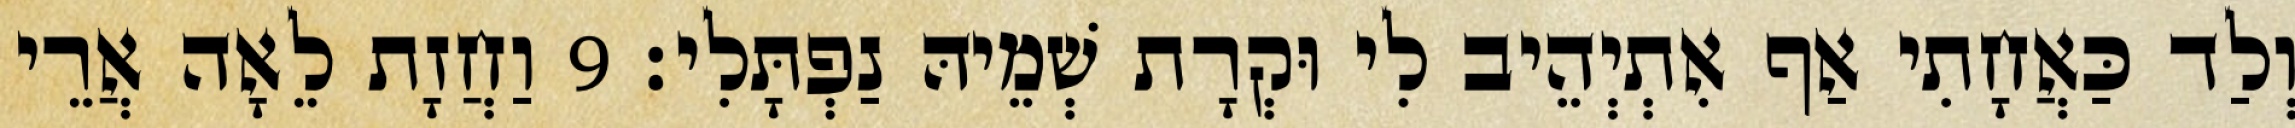
וְלַד כַּאֲחָתִי אַף אִתְיְהֵיב לִי וּקְרָת שְׁמֵיהּ נַפְתָּלִי׃ 9 וַחֲזָת לֵאָה אֲרֵי